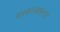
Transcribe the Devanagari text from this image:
सरकल्यानंतर